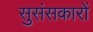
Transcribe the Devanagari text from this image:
सुसंसकारों